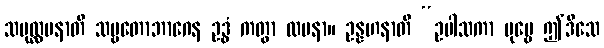
သမုလ္လပနာတိ သဗ္ဗတောဘာဂေန ဥဒ္ဓံ ကတွာ လပနာ။ ဥန္နဟနာတိ “ဥပါသကာ ပုဗ္ဗေ ဤဒိသေ